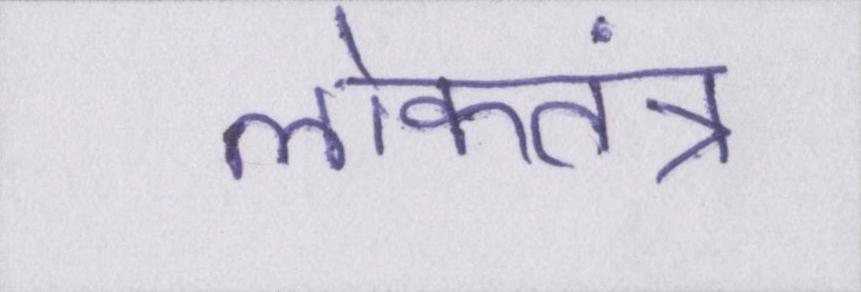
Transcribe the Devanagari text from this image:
लोकतंत्र